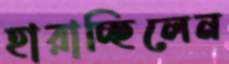
হারাচ্ছিলেন